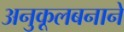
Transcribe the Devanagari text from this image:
अनुकूलबनाने